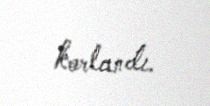
korlandı.